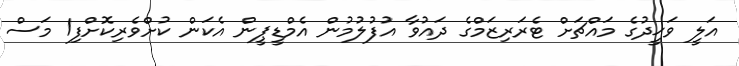
އަލީ ވަޙީދުގެ މައްޗަށް ޓެރަރިޒަމްގެ ދައުވާ އުފުލުމުން އެމްޑީޕީން އެކަން ކުށްވެރިކޮށްފި1 މަސް